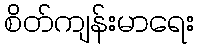
စိတ်ကျန်းမာရေး